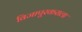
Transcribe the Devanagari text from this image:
विजापूरकराला